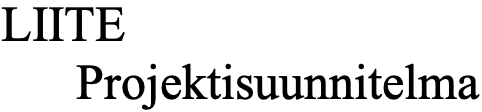
LIITE Projektisuunnitelma